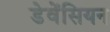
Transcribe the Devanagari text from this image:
डेवेंसियन